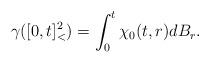
LaTeX: \begin{align*}\gamma([0,t]_<^2)=\int_0^t \chi_{0}(t,r) dB_r.\end{align*}